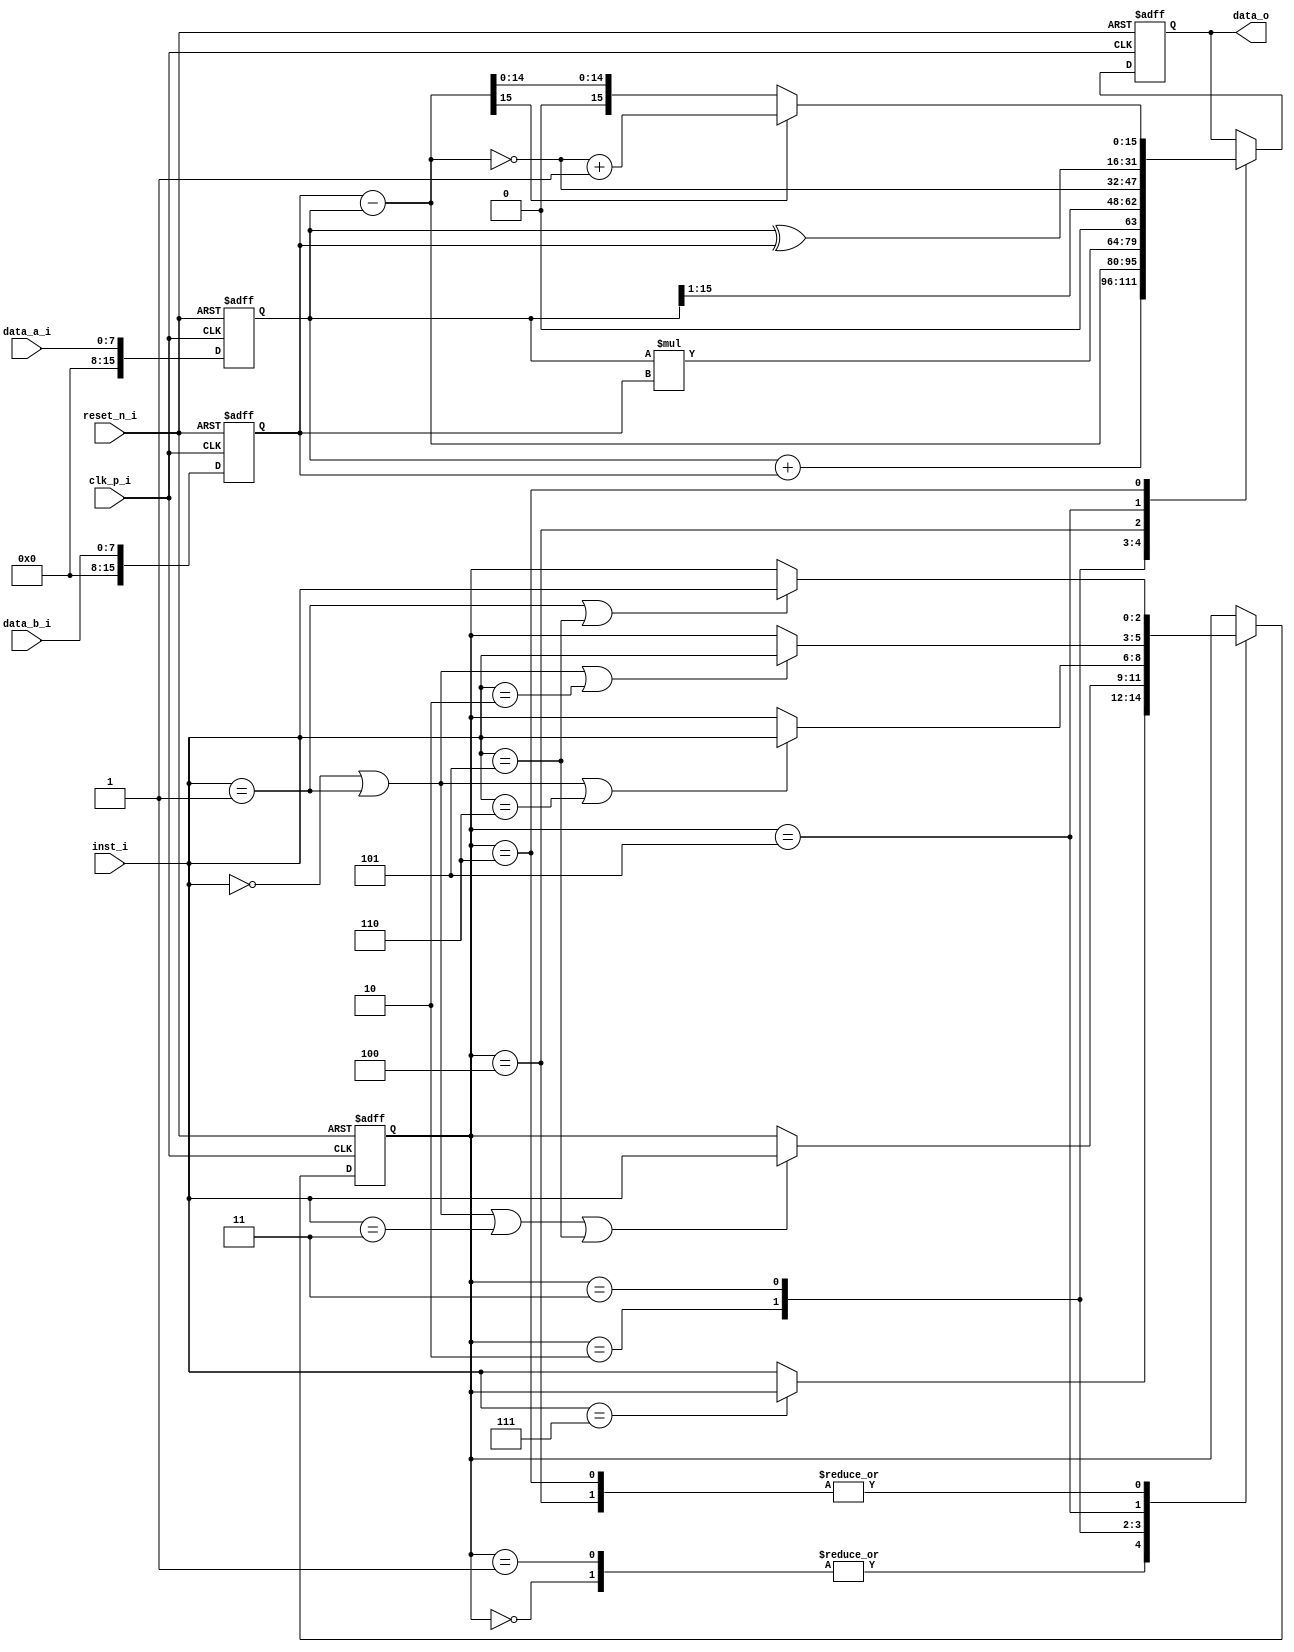
//IC LAB HW1

module alu(
             clk_p_i,
             reset_n_i,
             data_a_i,
             data_b_i,
             inst_i,
             data_o
             );

  /*========================IO declaration============================ */	  
      input           clk_p_i;
      input           reset_n_i;
      input   [7:0]   data_a_i;
      input   [7:0]   data_b_i;
      input   [2:0]   inst_i;

      output  [15:0]  data_o;

  /* =======================REG & wire================================ */
	  
      //declare reg&wire you need
      //parameters and logic
      parameter S_ADD = 0;
      parameter S_SUB = 1;
      parameter S_MUL = 2;
      parameter S_DVD = 3;
      parameter S_NSB = 4;
      parameter S_XOR = 5;
      parameter S_ABS = 6;
      wire [15:0]  out1, out2, out3, out4, out5, out6, out7;
	    reg [2:0] state_w, state_r;
      reg [15:0] out_r, out_w, data_a, data_b;
      
      //wire assignment
      assign out1 = data_a + data_b;
      assign out2 = $signed(data_b) - $signed(data_a);
      assign out3 = data_a * data_b;
      assign out4 = data_a >>> 1;
      assign out5 = ~ out2;
      assign out6 = data_a ^ data_b;
      assign out7 = out2[15] ? ~out2+1 : out2;
      assign data_o = out_r;

  /* ====================Combinational Part================== */
  //next-state logic

		always@(*) begin
      case(state_r)
        S_ADD:   state_w = inst_i == 7 ? state_r : inst_i;
        S_SUB:   state_w = inst_i == 7 ? state_r : inst_i;
        S_MUL:   state_w = inst_i == 0 || inst_i == 1 || inst_i == 3 || inst_i == 5 ? inst_i : state_r;  
        S_DVD:   state_w = inst_i == 0 || inst_i == 1 || inst_i == 6 ? inst_i : state_r;  
        S_NSB:   state_w = inst_i == 1 || inst_i == 5 ? inst_i : state_r;  
        S_XOR:   state_w = inst_i == 0 || inst_i == 1 || inst_i == 2 ? inst_i : state_r;  
        S_ABS:   state_w = inst_i == 1 || inst_i == 5 ? inst_i : state_r;  
        default: state_w = state_r;
      endcase
    end	  
			  
			  
  // output logic
    always@(*) begin
      case(state_r)
        S_ADD: out_w = out1;
        S_SUB: out_w = out2;
        S_MUL: out_w = out3;
        S_DVD: out_w = out4;
        S_NSB: out_w = out5;
        S_XOR: out_w = out6;
        S_ABS: out_w = out7;
        default: out_w = out_r;
      endcase
    end	  

  /* ====================Sequential Part=================== */
    always@(posedge clk_p_i or negedge reset_n_i)
    begin
        if (reset_n_i == 1'b0) begin
			     //todo
           out_r   <= 16'b0;
           state_r <= 3'b0; 
           data_a  <= 8'b0;
           data_b  <= 8'b0;
        end
        else begin
              //todo 
            out_r   <= out_w;
            state_r <= state_w;
            data_a  <= {8'b0,data_a_i};
            data_b  <= {8'b0,data_b_i};   
        end
    end
  /* ====================================================== */

endmodule